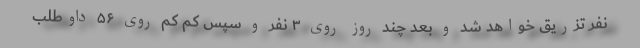
نفر تزریق خواهد شد و بعد چند روز روی ۳ نفر و سپس کم کم روی ۵۶ داوطلب